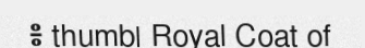
៖ thumb| Royal Coat of